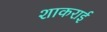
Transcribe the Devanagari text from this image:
शाकराई